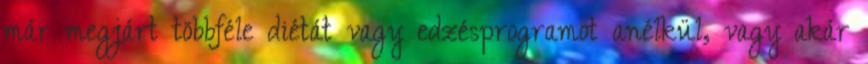
már megjárt többféle diétát vagy edzésprogramot anélkül, vagy akár